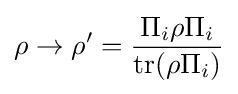
\rho \to \rho '={\frac {\Pi _{i}\rho \Pi _{i}}{\operatorname {tr} (\rho \Pi _{i})}}